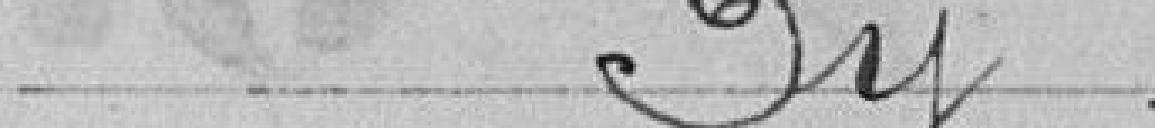
M. Py